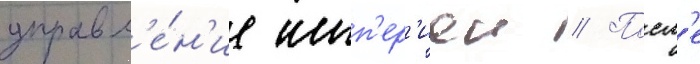
управл'е́н'ие имп'ер'иеи // Посл'е